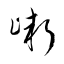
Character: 嶃